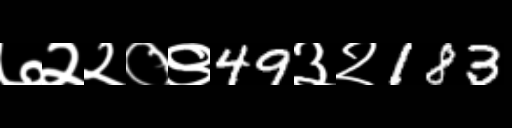
Text: ७२२०९49३२183